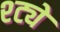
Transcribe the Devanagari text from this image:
श्ट्ये